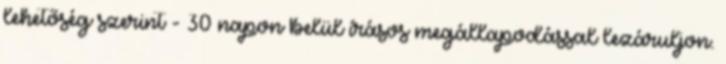
lehetőség szerint - 30 napon belül írásos megállapodással lezáruljon.